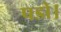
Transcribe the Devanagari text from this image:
पडो।